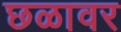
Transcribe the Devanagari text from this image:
छळावर